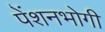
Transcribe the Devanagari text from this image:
पेंशनभोगी